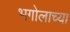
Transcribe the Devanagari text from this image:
भगोलाच्या